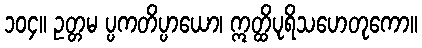
၁၀၄။ ဥတ္တမ ပ္ပကတိပ္ပာယော၊ ဣတ္ထိပုရိသဟေတုကော။